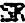
SR